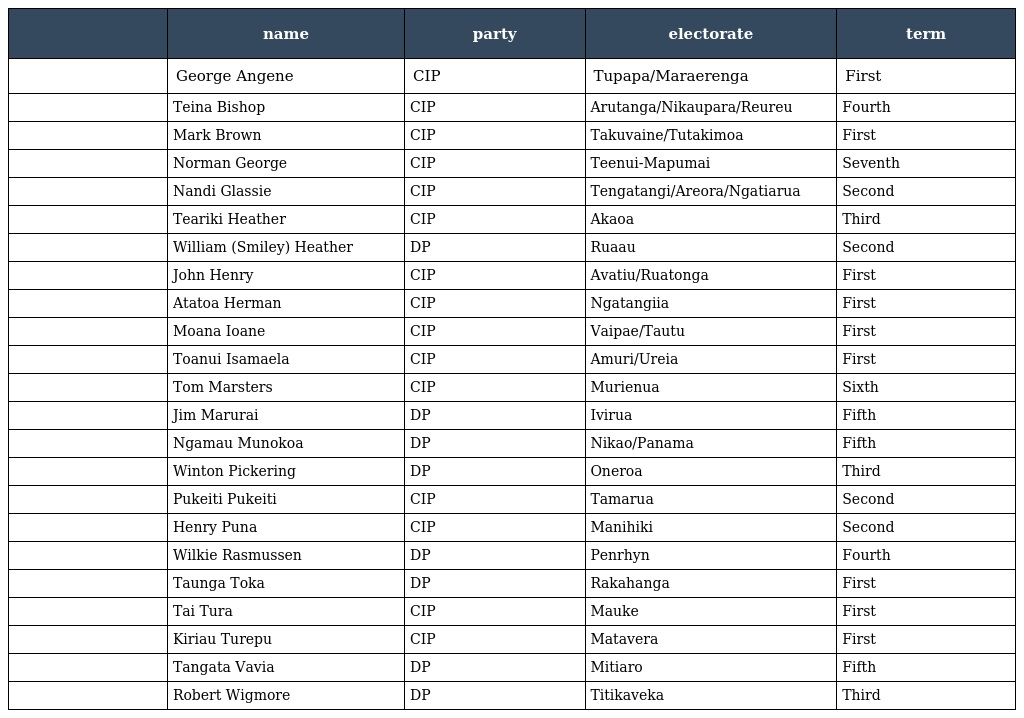
|  | name | party | electorate | term |
 | --- | --- | --- | --- | --- |
 |  | George Angene | CIP | Tupapa/Maraerenga | First |
 |  | Teina Bishop | CIP | Arutanga/Nikaupara/Reureu | Fourth |
 |  | Mark Brown | CIP | Takuvaine/Tutakimoa | First |
 |  | Norman George | CIP | Teenui-Mapumai | Seventh |
 |  | Nandi Glassie | CIP | Tengatangi/Areora/Ngatiarua | Second |
 |  | Teariki Heather | CIP | Akaoa | Third |
 |  | William (Smiley) Heather | DP | Ruaau | Second |
 |  | John Henry | CIP | Avatiu/Ruatonga | First |
 |  | Atatoa Herman | CIP | Ngatangiia | First |
 |  | Moana Ioane | CIP | Vaipae/Tautu | First |
 |  | Toanui Isamaela | CIP | Amuri/Ureia | First |
 |  | Tom Marsters | CIP | Murienua | Sixth |
 |  | Jim Marurai | DP | Ivirua | Fifth |
 |  | Ngamau Munokoa | DP | Nikao/Panama | Fifth |
 |  | Winton Pickering | DP | Oneroa | Third |
 |  | Pukeiti Pukeiti | CIP | Tamarua | Second |
 |  | Henry Puna | CIP | Manihiki | Second |
 |  | Wilkie Rasmussen | DP | Penrhyn | Fourth |
 |  | Taunga Toka | DP | Rakahanga | First |
 |  | Tai Tura | CIP | Mauke | First |
 |  | Kiriau Turepu | CIP | Matavera | First |
 |  | Tangata Vavia | DP | Mitiaro | Fifth |
 |  | Robert Wigmore | DP | Titikaveka | Third |